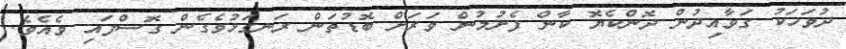
ދުވަހަކު ގަވާއިދުން ދޮންކެޔޮ ކާން ފެށުމުން ވަރަށް ބޮޑުތަން ރަނގަޅުވެގެން ގޮސްފައި ވެއެވެ.